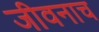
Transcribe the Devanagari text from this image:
जीवनाच